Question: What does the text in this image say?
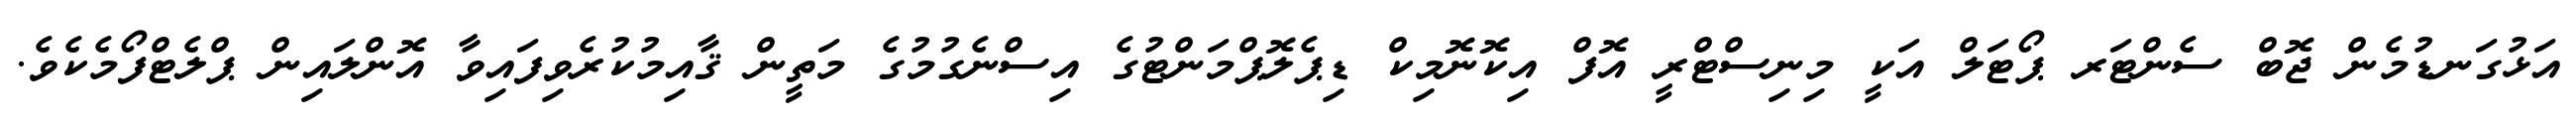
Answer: އަޅުގަނޑުމެން ޖޮބް ސެންޓަރ ޕޯޓަލް އަކީ މިނިސްޓްރީ އޮފް އިކޮނޮމިކް ޑިޕެލޮޕްމަންޓުގެ އިސްނެގުމުގެ މަތީން ޤާއިމުކުރެވިފައިވާ އޮންލައިން ޕްލެޓްފޯމެކެވެ.